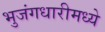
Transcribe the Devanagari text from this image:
भुजंगधारीमध्ये